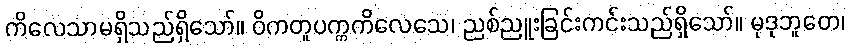
ကိလေသာမရှိသည်ရှိသော်။ ဝိကတူပက္ကကိလေသေ၊ ညစ်ညူးခြင်းကင်းသည်ရှိသော်။ မုဒုဘူတေ၊